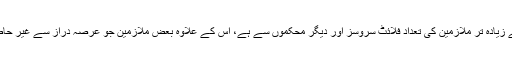
جن ملازمین کو فارغ کیا گیا ان میں سے زیادہ تر ملازمین کی تعداد فلائٹ سروسز اور دیگر محکموں سے ہے، اس کے علاوہ بعض ملازمین جو عرصہ دراز سے غیر حاضر تھے انہیں بھی فارغ کر دیا گیا ہے۔